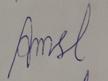
Signature authenticity: forged